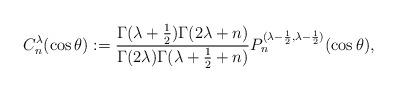
LaTeX: \begin{align*}C_n^\lambda(\cos\theta):=\frac{\Gamma(\lambda+\frac12)\Gamma(2\lambda+n)}{\Gamma(2\lambda)\Gamma(\lambda+\frac12+n)}P_n^{(\lambda-\frac12,\lambda-\frac12)}(\cos\theta),\end{align*}